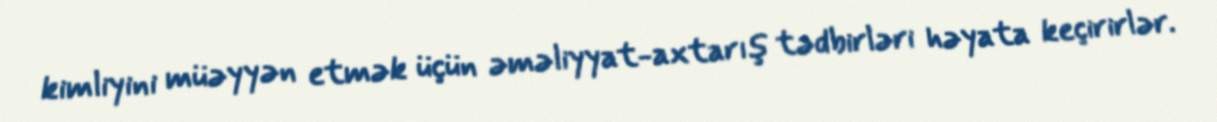
kimliyini müəyyən etmək üçün əməliyyat-axtarış tədbirləri həyata keçirirlər.